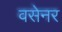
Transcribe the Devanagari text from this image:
वसेनर